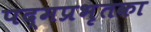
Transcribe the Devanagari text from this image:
पद्मप्रभृतका